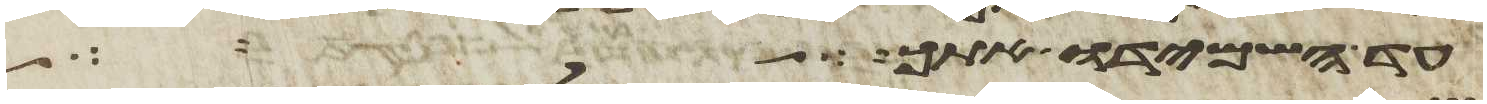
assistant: עד השמידו אתך ישא